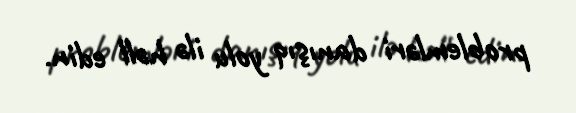
problemləri danışıq yolu ilə həll edin.